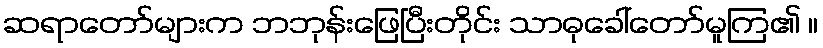
ဆရာတော်များက ဘဘုန်းဖြေပြီးတိုင်း သာဓုခေါ်တော်မူကြ၏ ။